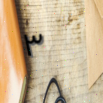
٣